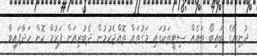
ދުނިޔޭގެ ބައިބޯ ބައެއް ސިޓީތަކުގައި މަގުތައް ތޮއްޖެހުމުން ދެބުރިއަށް ފަރުމާ ކޮށް ހަދާފައިވާ